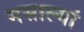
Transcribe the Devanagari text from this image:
मसाल्यां